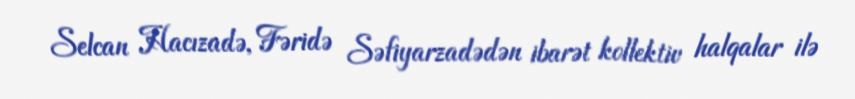
Selcan Hacızadə, Fəridə Səfiyarzadədən ibarət kollektiv halqalar ilə